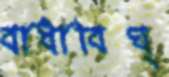
বাধাবিঘ্